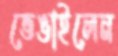
ভেঙাইলেন